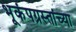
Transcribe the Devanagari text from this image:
भूकंपग्रस्तांच्या